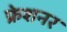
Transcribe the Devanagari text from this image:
फ्रेशनर